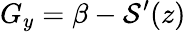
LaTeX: G_{y}=\beta-{\cal S}^{\prime}(z)